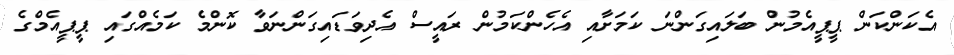
އެކަންކަން ޕީޕީއެމުން ބަލައިގަންނަ ކަމަށާއި އެހެންކަމުން ރައީސް އެދިވަޑައިގަންނަވާ ކޮންމެ ކަމެއްގައި ޕީޕީއެމްގެ